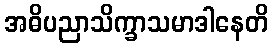
အဓိပညာသိက္ခာသမာဒါနေတိ